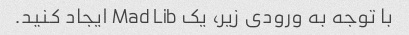
با توجه به ورودی زیر، یک Mad Lib ایجاد کنید.